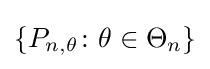
\{P_{n,\theta }\colon \theta \in \Theta _{n}\}